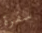
سفرة